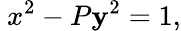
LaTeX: \ x^{2}-P\mathbf{y}^{2}=1,